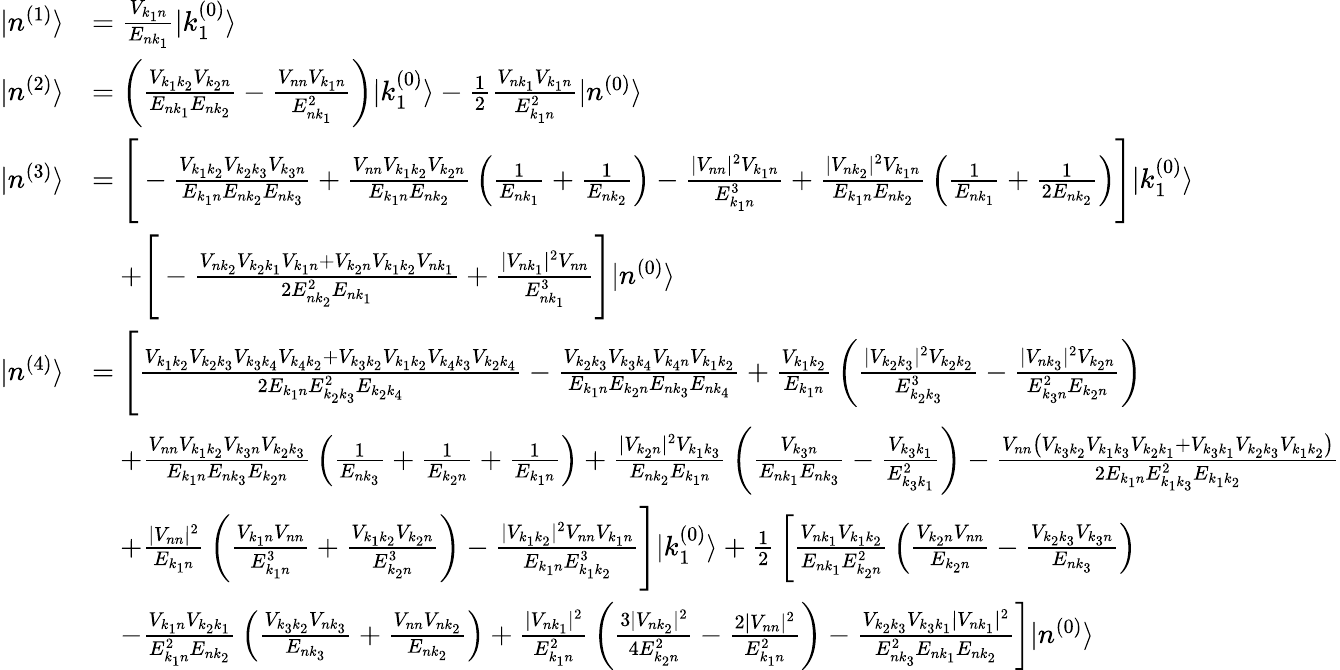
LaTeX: {\begin{array}{rl}{|n^{(1)}\rangle}&{={\frac{V_{k_{1}n}}{E_{nk_{1}}}}|k_{1}^{(0)}\rangle}\\ {|n^{(2)}\rangle}&{=\left({\frac{V_{k_{1}k_{2}}V_{k_{2}n}}{E_{nk_{1}}E_{nk_{2}}}}-{\frac{V_{nn}V_{k_{1}n}}{E_{nk_{1}}^{2}}}\right)|k_{1}^{(0)}\rangle-{\frac{1}{2}}{\frac{V_{nk_{1}}V_{k_{1}n}}{E_{k_{1}n}^{2}}}|n^{(0)}\rangle}\\ {|n^{(3)}\rangle}&{={\Bigg[}-{\frac{V_{k_{1}k_{2}}V_{k_{2}k_{3}}V_{k_{3}n}}{E_{k_{1}n}E_{nk_{2}}E_{nk_{3}}}}+{\frac{V_{nn}V_{k_{1}k_{2}}V_{k_{2}n}}{E_{k_{1}n}E_{nk_{2}}}}\left({\frac{1}{E_{nk_{1}}}}+{\frac{1}{E_{nk_{2}}}}\right)-{\frac{|V_{nn}|^{2}V_{k_{1}n}}{E_{k_{1}n}^{3}}}+{\frac{|V_{nk_{2}}|^{2}V_{k_{1}n}}{E_{k_{1}n}E_{nk_{2}}}}\left({\frac{1}{E_{nk_{1}}}}+{\frac{1}{2E_{nk_{2}}}}\right){\Bigg]}|k_{1}^{(0)}\rangle}\\ &{\quad+{\Bigg[}-{\frac{V_{nk_{2}}V_{k_{2}k_{1}}V_{k_{1}n}+V_{k_{2}n}V_{k_{1}k_{2}}V_{nk_{1}}}{2E_{nk_{2}}^{2}E_{nk_{1}}}}+{\frac{|V_{nk_{1}}|^{2}V_{nn}}{E_{nk_{1}}^{3}}}{\Bigg]}|n^{(0)}\rangle}\\ {|n^{(4)}\rangle}&{={\Bigg[}{\frac{V_{k_{1}k_{2}}V_{k_{2}k_{3}}V_{k_{3}k_{4}}V_{k_{4}k_{2}}+V_{k_{3}k_{2}}V_{k_{1}k_{2}}V_{k_{4}k_{3}}V_{k_{2}k_{4}}}{2E_{k_{1}n}E_{k_{2}k_{3}}^{2}E_{k_{2}k_{4}}}}-{\frac{V_{k_{2}k_{3}}V_{k_{3}k_{4}}V_{k_{4}n}V_{k_{1}k_{2}}}{E_{k_{1}n}E_{k_{2}n}E_{nk_{3}}E_{nk_{4}}}}+{\frac{V_{k_{1}k_{2}}}{E_{k_{1}n}}}\left({\frac{|V_{k_{2}k_{3}}|^{2}V_{k_{2}k_{2}}}{E_{k_{2}k_{3}}^{3}}}-{\frac{|V_{nk_{3}}|^{2}V_{k_{2}n}}{E_{k_{3}n}^{2}E_{k_{2}n}}}\right)}\\ &{\quad+{\frac{V_{nn}V_{k_{1}k_{2}}V_{k_{3}n}V_{k_{2}k_{3}}}{E_{k_{1}n}E_{nk_{3}}E_{k_{2}n}}}\left({\frac{1}{E_{nk_{3}}}}+{\frac{1}{E_{k_{2}n}}}+{\frac{1}{E_{k_{1}n}}}\right)+{\frac{|V_{k_{2}n}|^{2}V_{k_{1}k_{3}}}{E_{nk_{2}}E_{k_{1}n}}}\left({\frac{V_{k_{3}n}}{E_{nk_{1}}E_{nk_{3}}}}-{\frac{V_{k_{3}k_{1}}}{E_{k_{3}k_{1}}^{2}}}\right)-{\frac{V_{nn}\left(V_{k_{3}k_{2}}V_{k_{1}k_{3}}V_{k_{2}k_{1}}+V_{k_{3}k_{1}}V_{k_{2}k_{3}}V_{k_{1}k_{2}}\right)}{2E_{k_{1}n}E_{k_{1}k_{3}}^{2}E_{k_{1}k_{2}}}}}\\ &{\quad+{\frac{|V_{nn}|^{2}}{E_{k_{1}n}}}\left({\frac{V_{k_{1}n}V_{nn}}{E_{k_{1}n}^{3}}}+{\frac{V_{k_{1}k_{2}}V_{k_{2}n}}{E_{k_{2}n}^{3}}}\right)-{\frac{|V_{k_{1}k_{2}}|^{2}V_{nn}V_{k_{1}n}}{E_{k_{1}n}E_{k_{1}k_{2}}^{3}}}{\Bigg]}|k_{1}^{(0)}\rangle+{\frac{1}{2}}\left[{\frac{V_{nk_{1}}V_{k_{1}k_{2}}}{E_{nk_{1}}E_{k_{2}n}^{2}}}\left({\frac{V_{k_{2}n}V_{nn}}{E_{k_{2}n}}}-{\frac{V_{k_{2}k_{3}}V_{k_{3}n}}{E_{nk_{3}}}}\right)\right.}\\ &{\quad\left.-{\frac{V_{k_{1}n}V_{k_{2}k_{1}}}{E_{k_{1}n}^{2}E_{nk_{2}}}}\left({\frac{V_{k_{3}k_{2}}V_{nk_{3}}}{E_{nk_{3}}}}+{\frac{V_{nn}V_{nk_{2}}}{E_{nk_{2}}}}\right)+{\frac{|V_{nk_{1}}|^{2}}{E_{k_{1}n}^{2}}}\left({\frac{3|V_{nk_{2}}|^{2}}{4E_{k_{2}n}^{2}}}-{\frac{2|V_{nn}|^{2}}{E_{k_{1}n}^{2}}}\right)-{\frac{V_{k_{2}k_{3}}V_{k_{3}k_{1}}|V_{nk_{1}}|^{2}}{E_{nk_{3}}^{2}E_{nk_{1}}E_{nk_{2}}}}\right]|n^{(0)}\rangle}\end{array}}